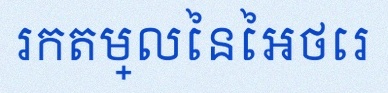
រកតម្លៃនៃអថេរ